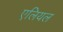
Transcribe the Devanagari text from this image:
एलियल